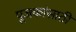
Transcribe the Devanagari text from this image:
पूजकांसाठी